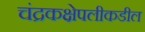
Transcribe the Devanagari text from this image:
चंद्रकक्षेपलीकडील